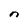
Character: n